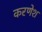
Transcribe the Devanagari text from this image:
करणेश